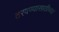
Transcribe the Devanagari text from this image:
ठरवण्यासाठीच्या